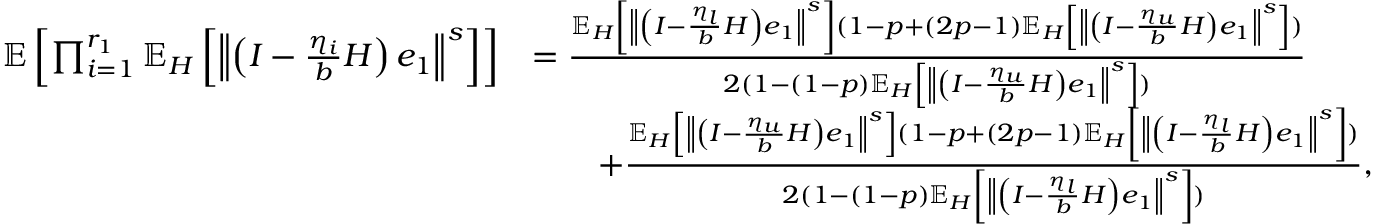
\begin{array} { r l } { \mathbb { E } \left[ \prod _ { i = 1 } ^ { r _ { 1 } } \mathbb { E } _ { H } \left[ \left\Vert \left( I - \frac { \eta _ { i } } { b } H \right) e _ { 1 } \right\Vert ^ { s } \right] \right] } & { = \frac { \mathbb { E } _ { H } \left[ \left\Vert \left( I - \frac { \eta _ { l } } { b } H \right) e _ { 1 } \right\Vert ^ { s } \right] ( 1 - p + ( 2 p - 1 ) \mathbb { E } _ { H } \left[ \left\Vert \left( I - \frac { \eta _ { u } } { b } H \right) e _ { 1 } \right\Vert ^ { s } \right] ) } { 2 ( 1 - ( 1 - p ) \mathbb { E } _ { H } \left[ \left\Vert \left( I - \frac { \eta _ { u } } { b } H \right) e _ { 1 } \right\Vert ^ { s } \right] ) } } \\ & { \qquad + \frac { \mathbb { E } _ { H } \left[ \left\Vert \left( I - \frac { \eta _ { u } } { b } H \right) e _ { 1 } \right\Vert ^ { s } \right] ( 1 - p + ( 2 p - 1 ) \mathbb { E } _ { H } \left[ \left\Vert \left( I - \frac { \eta _ { l } } { b } H \right) e _ { 1 } \right\Vert ^ { s } \right] ) } { 2 ( 1 - ( 1 - p ) \mathbb { E } _ { H } \left[ \left\Vert \left( I - \frac { \eta _ { l } } { b } H \right) e _ { 1 } \right\Vert ^ { s } \right] ) } , } \end{array}